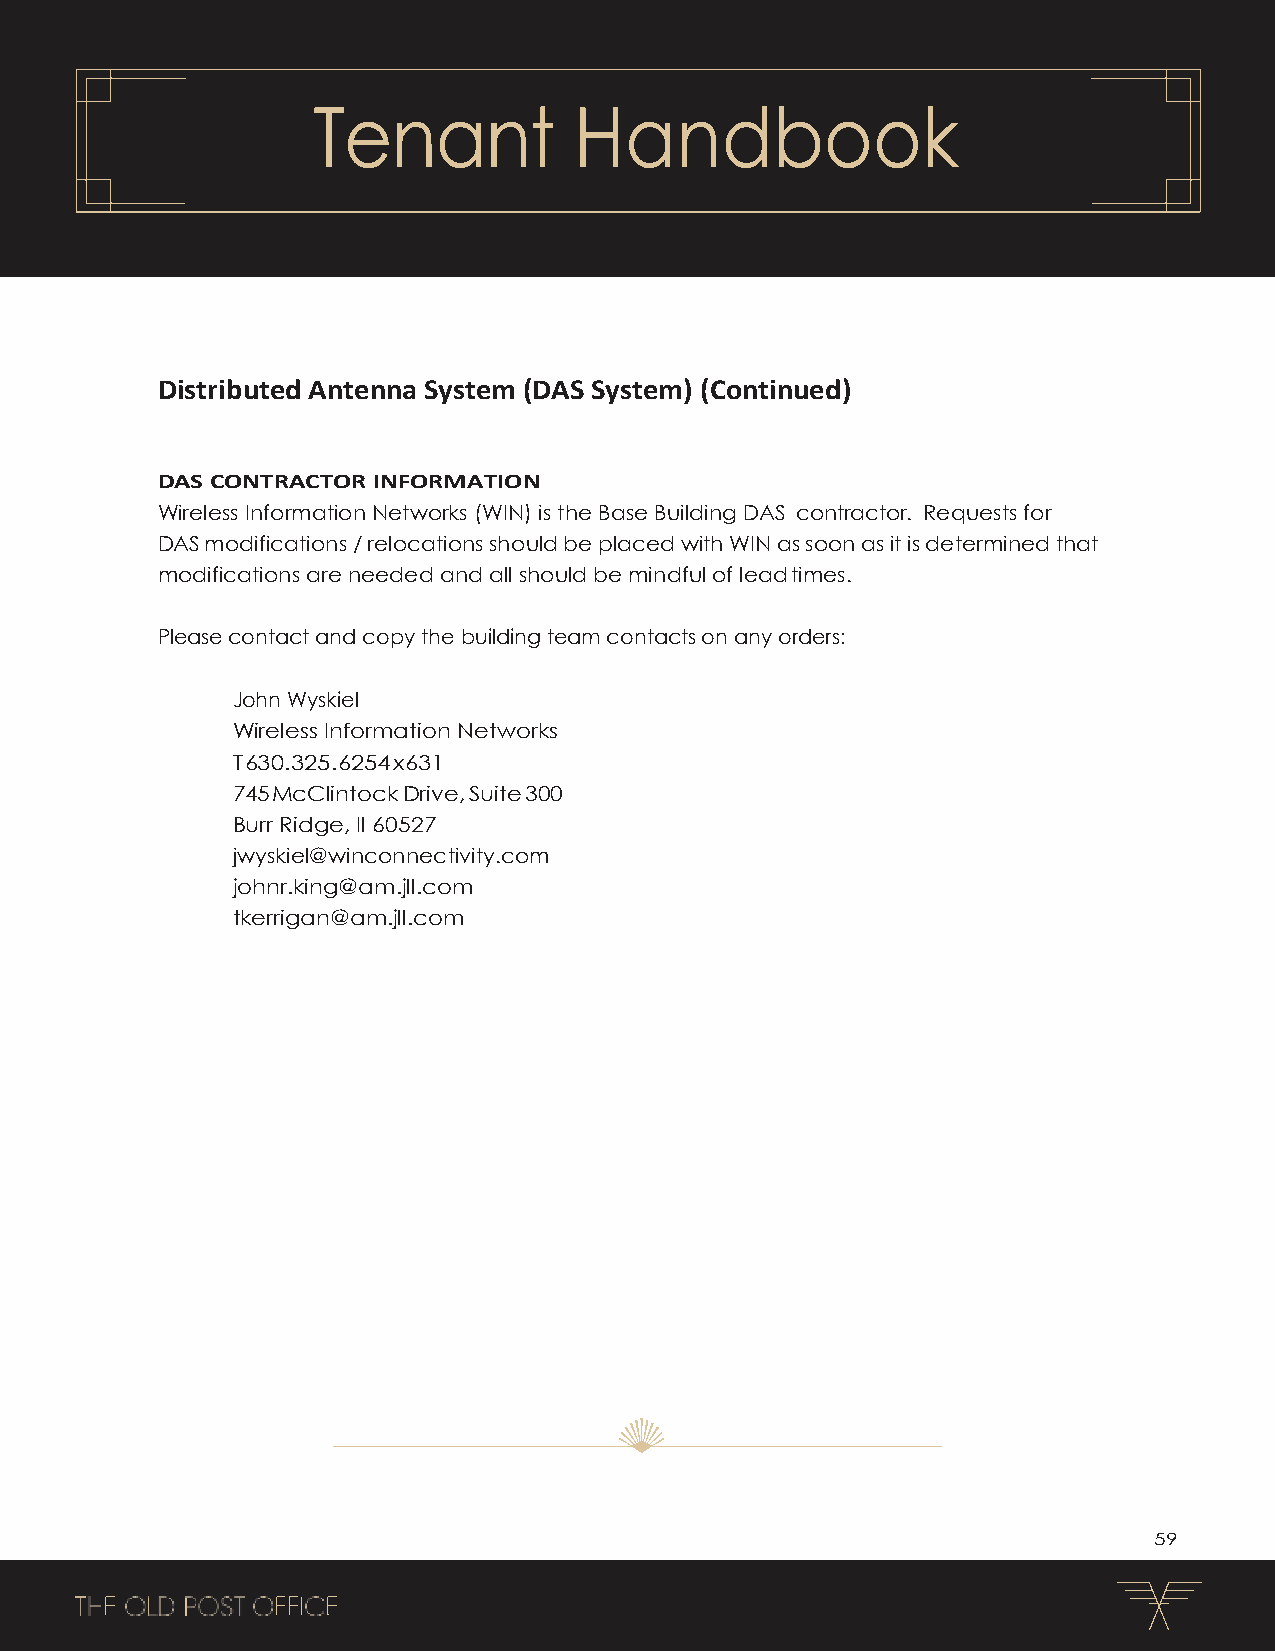
Tenant           Handbook
 Distributed Antenna System (DAS System) (Continued)
 DAS CONTRACTOR INFORMATION
 Wireless Information Networks (WIN) is the Base Building DAS contractor. Requests for
 DAS modifications / relocations should be placed with WIN as soon as it is determined that
 modifications are needed and all should be mindful of lead times.
 Please contact and copy the building team contacts on any orders:
 John Wyskiel
 Wireless Information Networks
 T 630.325.6254 x631
 745 McClintock Drive, Suite 300
 Burr Ridge, Il 60527
 jwyskiel@winconnectivity.com
 johnr.king@am.jll.com
 tkerrigan@am.jll.com
 59